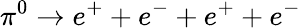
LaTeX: \pi^{0}\rightarrow e^{+}+e^{-}+e^{+}+e^{-}